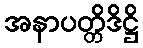
အနာပတ္တိဒိဋ္ဌိ